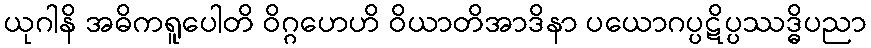
ယုဂါနိ အဓိကရူပေါတိ ဝိဂ္ဂဟေဟိ ဝိယာတိအာဒိနာ ပယောဂပ္ပဋိပ္ပဿဒ္ဓိပညာ